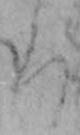
ろ